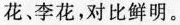
花、李花，对比鲜明。